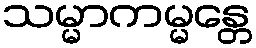
သမ္မာကမ္မန္တေ